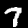
Digit: 7